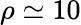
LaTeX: \rho\simeq 10